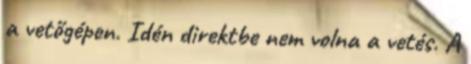
a vetőgépen. Idén direktbe nem volna a vetés. A